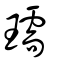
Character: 瓀